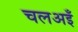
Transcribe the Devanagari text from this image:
चलअइँ